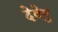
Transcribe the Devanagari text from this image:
देवेषु